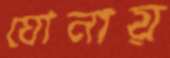
ঘোনায়